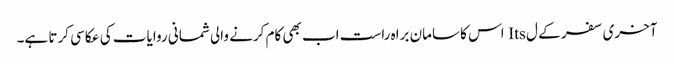
آخری سفر کے ل Its اس کا سامان براہ راست اب بھی کام کرنے والی شمانی روایات کی عکاسی کرتا ہے۔